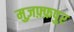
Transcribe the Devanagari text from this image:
मुज़फ़्फ़पुर